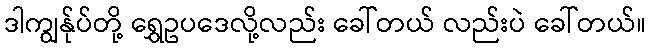
ဒါကျွန်ုပ်တို့ ရွှေဥပဒေလို့လည်း ခေါ်တယ် လည်းပဲ ခေါ်တယ်။